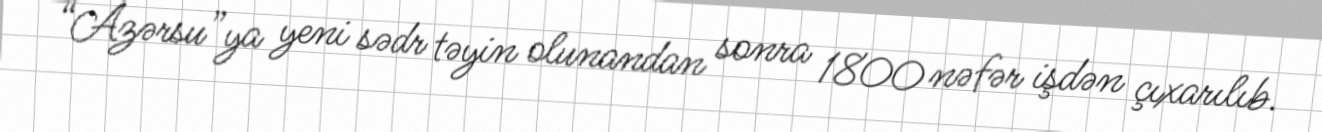
“Azərsu”ya yeni sədr təyin olunandan sonra 1800 nəfər işdən çıxarılıb.